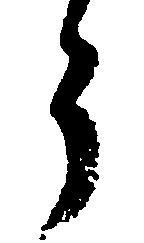
ら